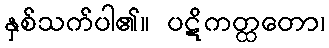
နှစ်သက်ပါ၏။ ပဋိကတ္ထတော၊